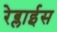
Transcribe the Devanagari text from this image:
रेब्लाईस